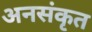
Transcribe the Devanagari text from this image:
अनसंकृत